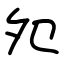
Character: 夗